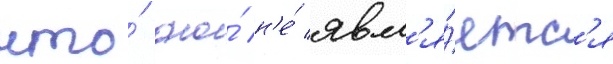
что́ оно́ н'е́ явл'я́етс'я